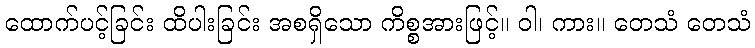
ထောက်ပင့်ခြင်း ထိပါးခြင်း အစရှိသော ကိစ္စအားဖြင့်။ ဝါ၊ ကား။ တေသံ တေသံ